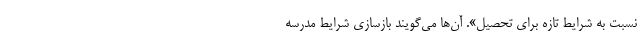
نسبت به شرایط تازه برای تحصیل». آن‌ها می‌گویند بازسازی شرایط مدرسه